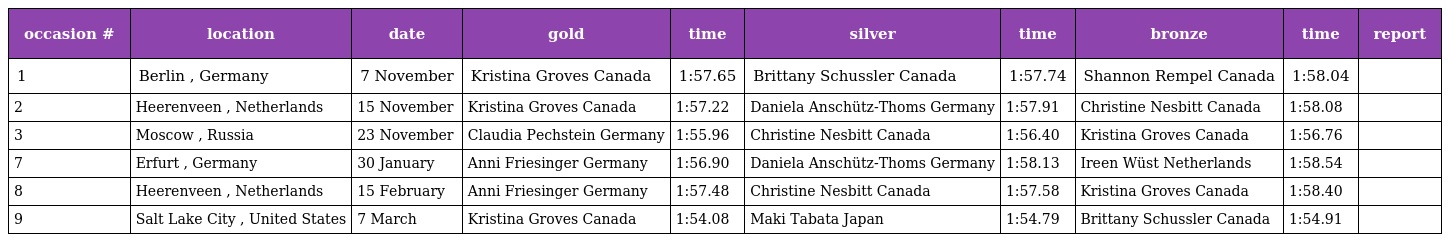
| occasion # | location | date | gold | time | silver | time | bronze | time | report |
 | --- | --- | --- | --- | --- | --- | --- | --- | --- | --- |
 | 1 | Berlin , Germany | 7 November | Kristina Groves Canada | 1:57.65 | Brittany Schussler Canada | 1:57.74 | Shannon Rempel Canada | 1:58.04 |  |
 | 2 | Heerenveen , Netherlands | 15 November | Kristina Groves Canada | 1:57.22 | Daniela Anschütz-Thoms Germany | 1:57.91 | Christine Nesbitt Canada | 1:58.08 |  |
 | 3 | Moscow , Russia | 23 November | Claudia Pechstein Germany | 1:55.96 | Christine Nesbitt Canada | 1:56.40 | Kristina Groves Canada | 1:56.76 |  |
 | 7 | Erfurt , Germany | 30 January | Anni Friesinger Germany | 1:56.90 | Daniela Anschütz-Thoms Germany | 1:58.13 | Ireen Wüst Netherlands | 1:58.54 |  |
 | 8 | Heerenveen , Netherlands | 15 February | Anni Friesinger Germany | 1:57.48 | Christine Nesbitt Canada | 1:57.58 | Kristina Groves Canada | 1:58.40 |  |
 | 9 | Salt Lake City , United States | 7 March | Kristina Groves Canada | 1:54.08 | Maki Tabata Japan | 1:54.79 | Brittany Schussler Canada | 1:54.91 |  |